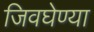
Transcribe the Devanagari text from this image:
जिवघेण्या